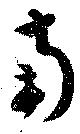
南